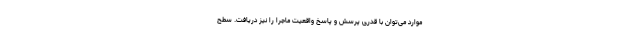
موارد می‌توان با قدری پرسش و پاسخ واقعیت ماجرا را نیز دریافت. سطح